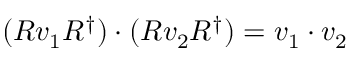
( R v _ { 1 } R ^ { \dagger } ) \cdot ( R v _ { 2 } R ^ { \dagger } ) = v _ { 1 } \cdot v _ { 2 }